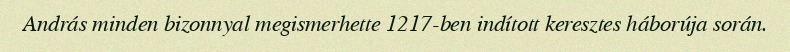
András minden bizonnyal megismerhette 1217-ben indított keresztes háborúja során.